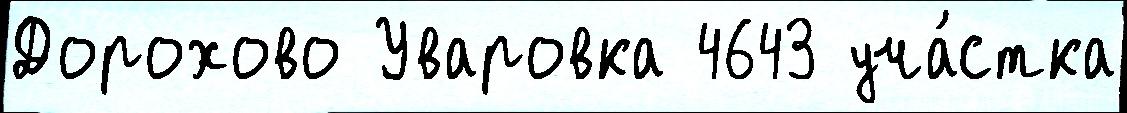
Дорохово Уваровка 4643 уча́стка